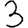
Digit: 3